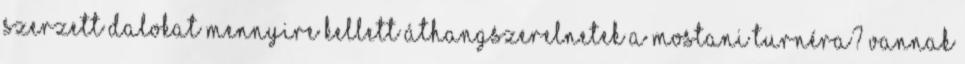
szerzett dalokat mennyire kellett áthangszerelnetek a mostani turnéra? Vannak